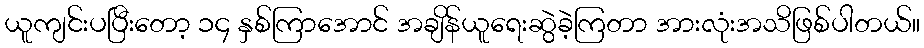
ယူကျင်းပပြီးတော့ ၁၄ နှစ်ကြာအောင် အချိန်ယူရေးဆွဲခဲ့ကြတာ အားလုံးအသိဖြစ်ပါတယ်။